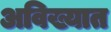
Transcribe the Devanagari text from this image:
अविख्यात